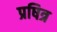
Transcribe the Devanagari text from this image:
प्रषित्र